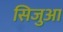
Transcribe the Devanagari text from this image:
सिजुआ